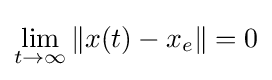
\lim _{t\rightarrow \infty }\|x(t)-x_{e}\|=0